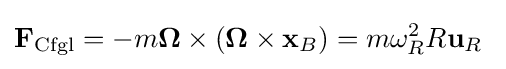
\mathbf {F} _{\mathrm {Cfgl} }=-m{\boldsymbol {\Omega }}\times ({\boldsymbol {\Omega }}\times \mathbf {x} _{B})=m\omega _{R}^{2}R\mathbf {u} _{R}\